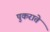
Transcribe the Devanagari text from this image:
पुकराते